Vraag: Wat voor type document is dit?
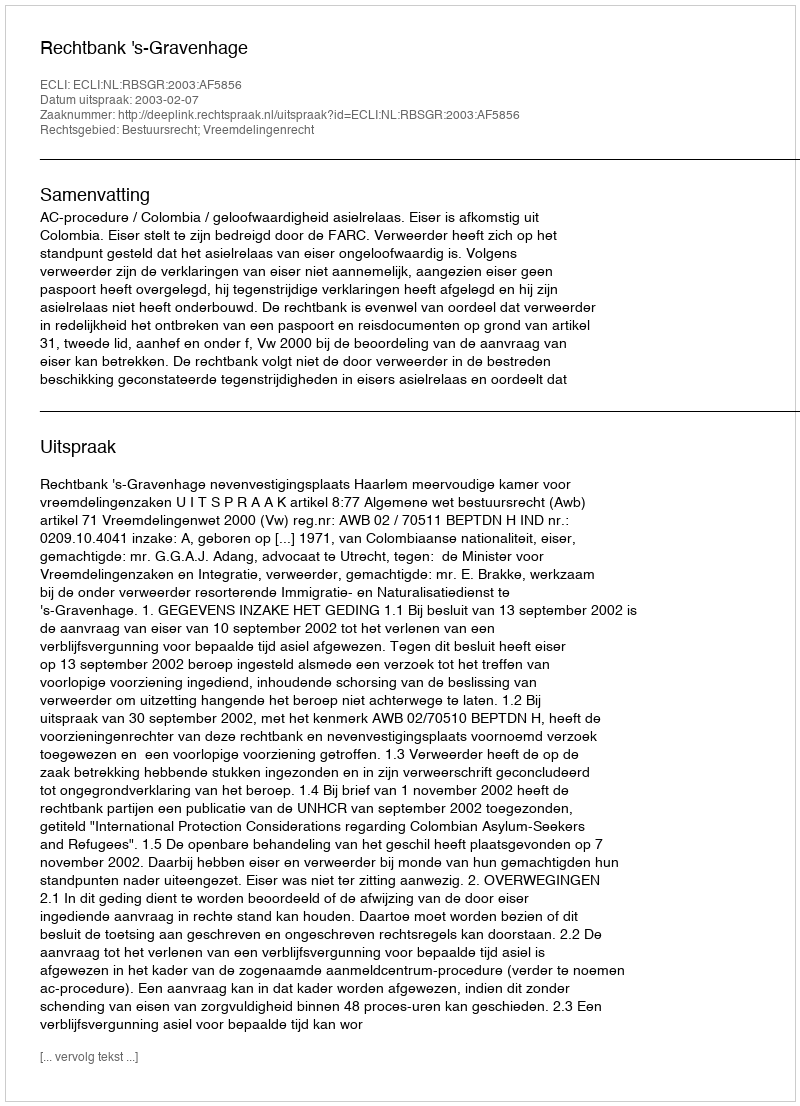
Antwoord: Uitspraak